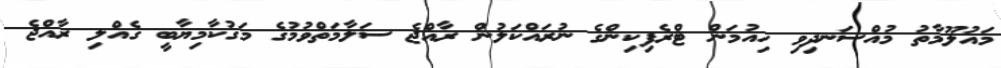
މައުލޫމާތު މުއްސަނދިވި ހިއުމަން ޓްރެފިކިންގެ ނުރައްކަލުން ރާއްޖެ ސަލާމަތްވުމުގެ މަގުކާމިޔާބީ ގެއްލި ރާއްޖެ